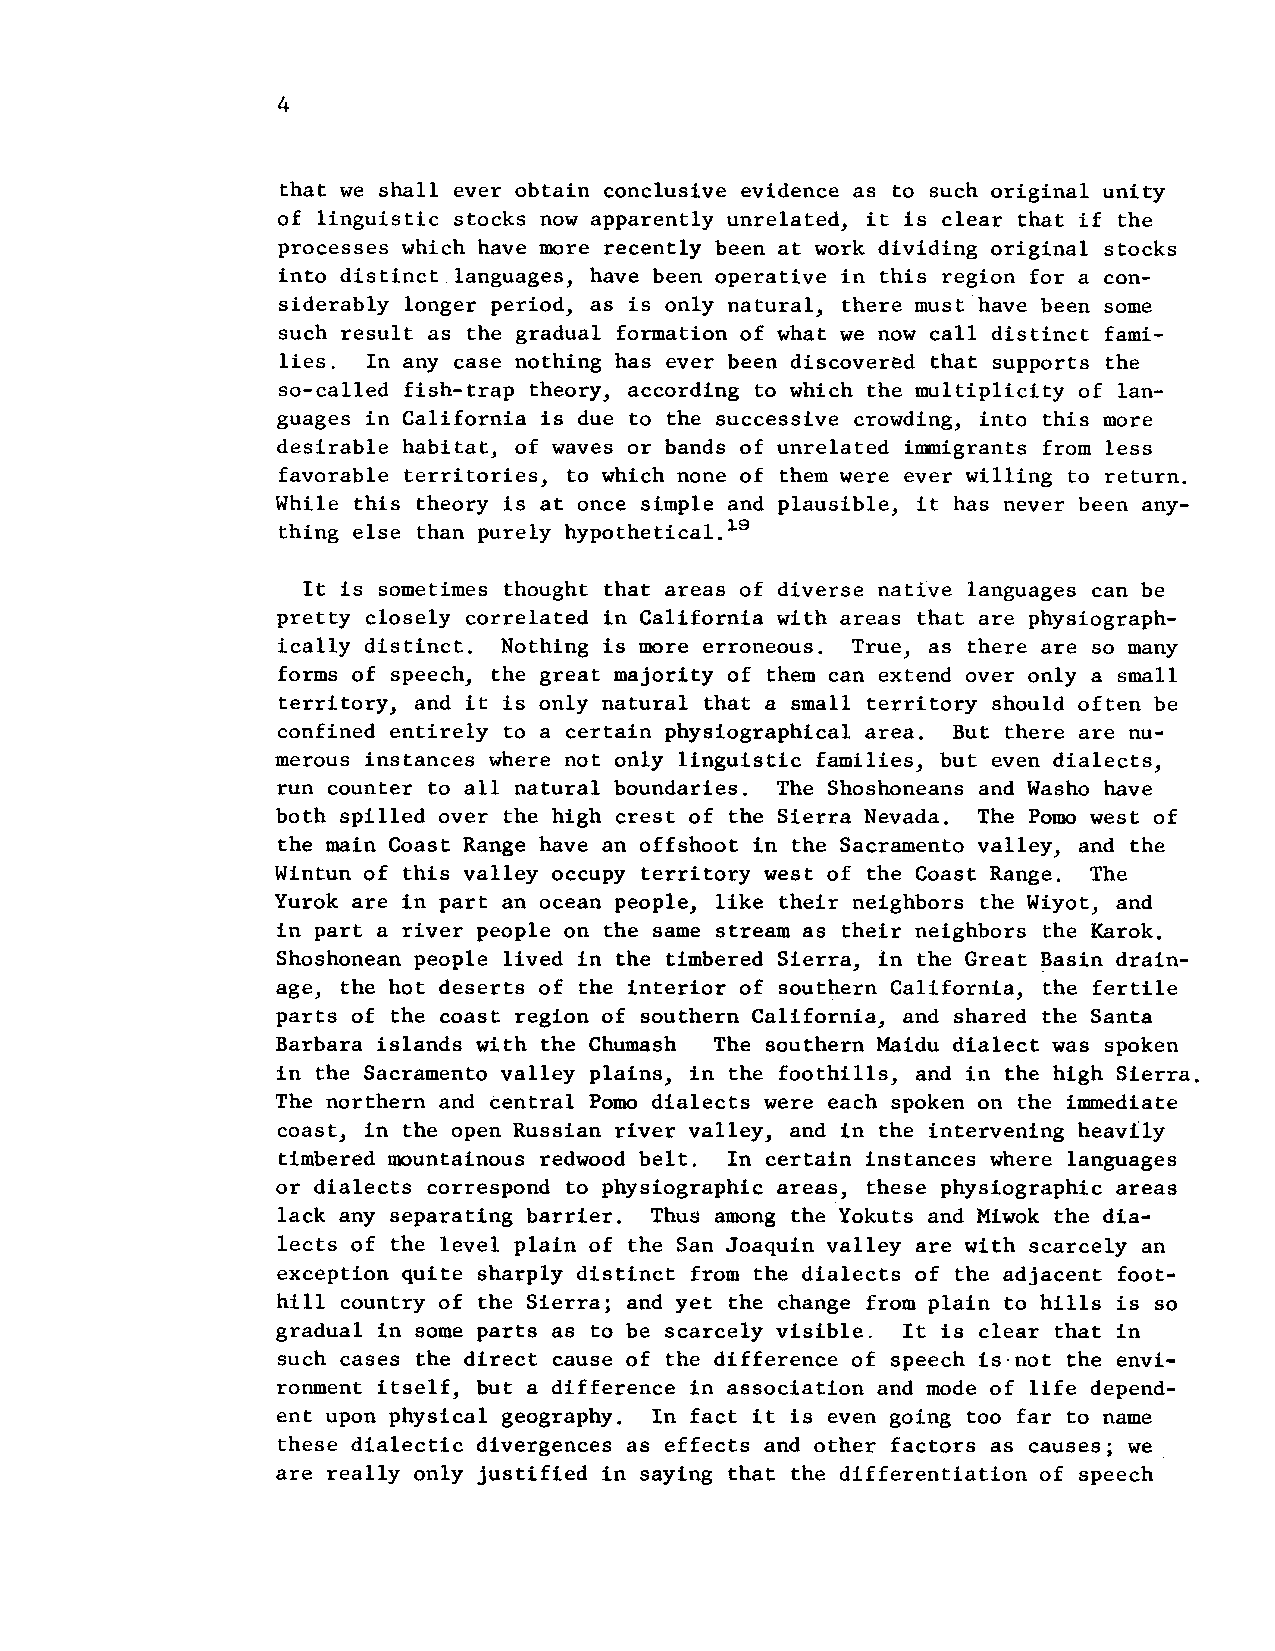
4
 that we shall ever obtain conclusive evidence as to such original unity
 of linguistic stocks now apparently unrelated, it is clear that if the
 processes which have more recently been at work dividing original stocks
 into distinct languages, have been operative in this region for a con-
 siderably longer period, as is only natural, there must have been some
 such result as the gradual formation of what we now call distinct fami-
 lies. In any case nothing has ever been discovered that supports the
 so-called fish-trap theory, according to which the multiplicity of lan-
 guages in California is due to the successive crowding, into this more
 desirable habitat, of waves or bands of unrelated immigrants from less
 favorable territories, to which none of them were ever willing to return.
 While this theory is at once simple and plausible, it has never been any-
 thing else than purely hypothetical.19
 It is sometimes thought that areas of diverse native languages can be
 pretty closely correlated in California with areas that are physiograph-
 ically distinct. Nothing is more erroneous. True, as there are so many
 forms of speech, the great majority of them can extend over only a small
 territory, and it is only natural that a small territory should often be
 confined entirely to a certain physiographical area. But there are nu-
 merous instances where not only linguistic families, but even dialects,
 run counter to all natural boundaries. The Shoshoneans and Washo have
 both spilled over the high crest of the Sierra Nevada. The Pomo west of
 the main Coast Range have an offshoot in the Sacramento valley, and the
 Wintun of this valley occupy territory west of the Coast Range. The
 Yurok are in part an ocean people, like their neighbors the Wiyot, and
 in part a river people on the same stream as their neighbors the Karok.
 Shoshonean people lived in the timbered Sierra, in the Great Basin drain-
 age, the hot deserts of the interior of southern California, the fertile
 parts of the coast region of southern California, and shared the Santa
 Barbara islands with the Chumash The southern Maidu dialect was spoken
 in the Sacramento valley plains, in the foothills, and in the high Sierra.
 The northern and central Pomo dialects were each spoken on the immediate
 coast, in the open Russian river valley, and in the intervening heavily
 timbered mountainous redwood belt. In certain instances where languages
 or dialects correspond to physiographic areas, these physiographic areas
 lack any separating barrier. Thus among the Yokuts and Miwok the dia-
 lects of the level plain of the San Joaquin valley are with scarcely an
 exception quite sharply distinct from the dialects of the adjacent foot-
 hill country of the Sierra; and yet the change from plain to hills is so
 gradual in some parts as to be scarcely visible. It is clear that in
 such cases the direct cause of the difference of speech is-not the envi-
 ronment itself, but a difference in association and mode of life depend-
 ent upon physical geography. In fact it is even going too far to name
 these dialectic divergences as effects and other factors as causes; we
 are really only justified in saying that the differentiation of speech